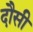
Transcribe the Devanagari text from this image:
दौसी